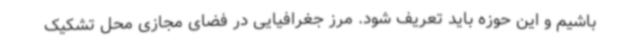
باشیم و این حوزه باید تعریف شود. مرز جغرافیایی در فضای مجازی محل تشکیک